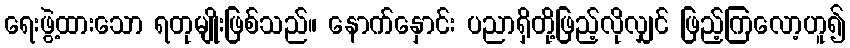
ရေးဖွဲ့ထားသော ရတုမျိုးဖြစ်သည်။ နောက်နှောင်း ပညာရှိတို့ဖြည့်လိုလျှင် ဖြည့်ကြလော့ဟူ၍